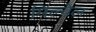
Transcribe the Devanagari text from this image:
मिल्वेल